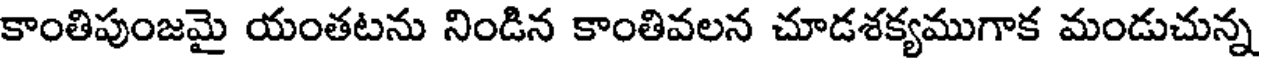
కాంతిపుంజమై యంతటను నిండిన కాంతివలన చూడశక్యముగాక మండుచున్న